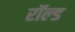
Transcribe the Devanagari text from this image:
रॉल्‍ड